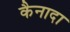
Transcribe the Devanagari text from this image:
कैनादा